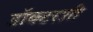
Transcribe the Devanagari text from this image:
डॉक्टरशी